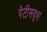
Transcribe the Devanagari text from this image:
पेटीसदृश